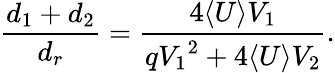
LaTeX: \frac{d_{1}+d_{2}}{d_{r}}=\frac{4\langle{U}\rangle V_{1}}{q{V_{1}}^{2}+4\langle{U}\rangle V_{2}}.